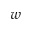
w